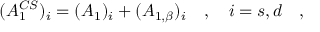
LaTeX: ( A _ { 1 } ^ { C S } ) _ { i } = ( A _ { 1 } ) _ { i } + ( A _ { 1 , \beta } ) _ { i } ~ ~ ~ , ~ ~ ~ i = s , d ~ ~ ~ ,